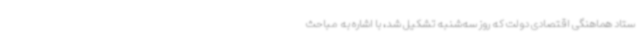
ستاد هماهنگی اقتصادی دولت که روز سه‌شنبه تشکیل شد، با اشاره به مباحث